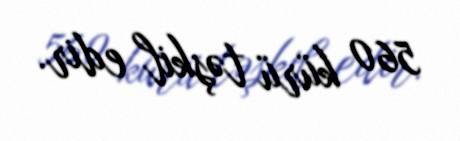
560 kürü təşkil edir.